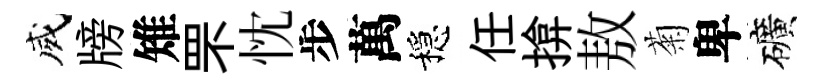
威牓雉罘忱步萬穩任揜敖菊卑礦